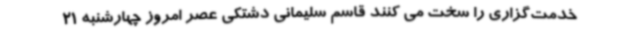
خدمت‌گزاری را سخت می کنند قاسم سلیمانی دشتکی عصر امروز چهارشنبه 21